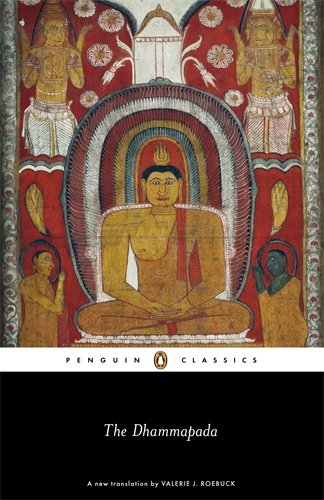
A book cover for The Dhammapada (Penguin Classics); Anonymous; Religion & Spirituality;